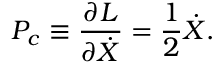
P _ { c } \equiv \frac { \partial L } { \partial \dot { X } } = \frac { 1 } { 2 } \dot { X } .